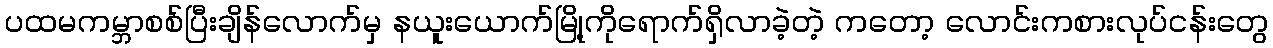
ပထမကမ္ဘာစစ်ပြီးချိန်လောက်မှ နယူးယောက်မြို့ကိုရောက်ရှိလာခဲ့တဲ့ ကတော့ လောင်းကစားလုပ်ငန်းတွေ